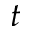
t